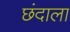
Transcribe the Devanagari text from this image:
छंदाला